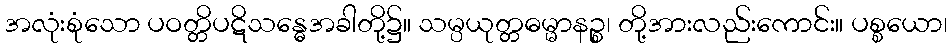
အလုံးစုံသော ပဝတ္တိပဋိသန္ဓေအခါတို့၌။ သမ္ပယုတ္တဓမ္မာနဉ္စ၊ တို့အားလည်းကောင်း။ ပစ္စယော၊